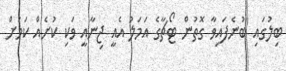
ބިލުގައި ބުނެފައިވާ ގޮތުން ޓޯޗާގެ އަމަލު އެއީ ޖިނާއީ ވަކި ކުށެއް ކަމަށް